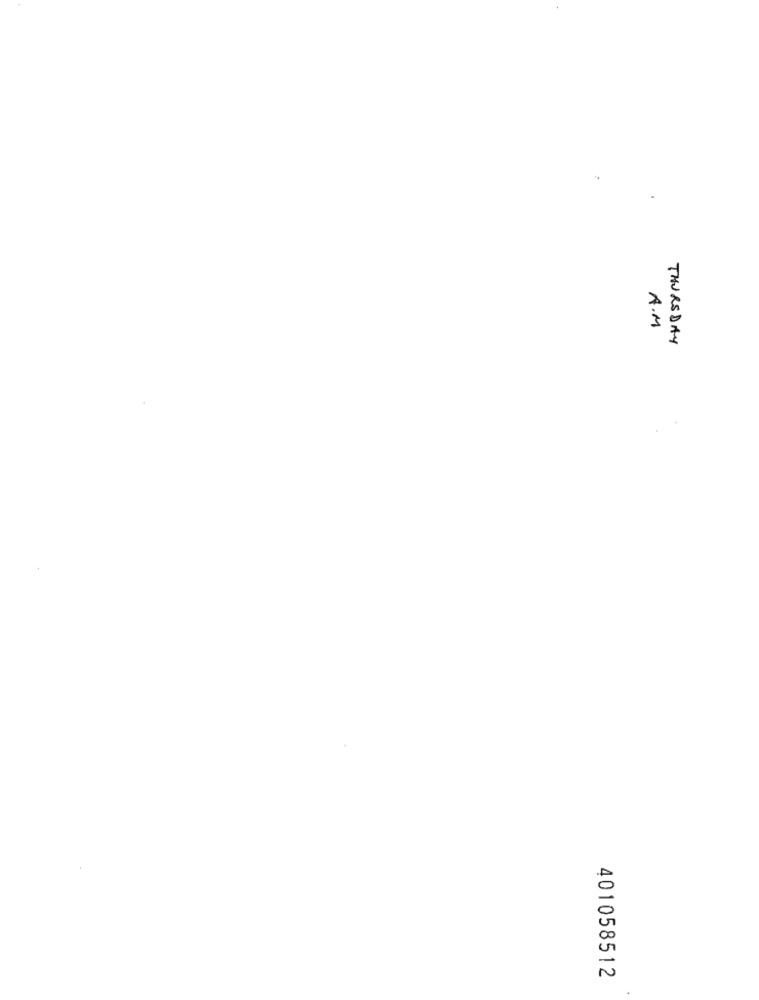
A.M
THURSDAY
401058512